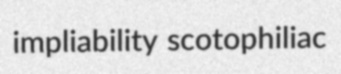
impliability scotophiliac